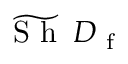
\widetilde { \textup { S h } } \, D _ { \mathrm { ~ f ~ } }